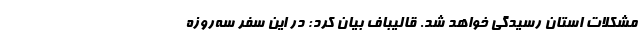
مشکلات استان رسیدگی خواهد شد. قالیباف بیان کرد: در این سفر سه‌روزه